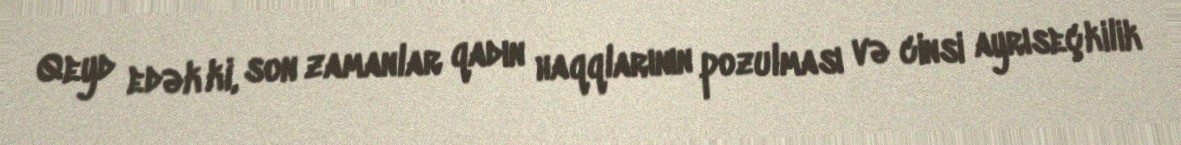
Qeyd edək ki, son zamanlar qadın haqqlarının pozulması və cinsi ayrıseçkilik